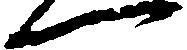
へ